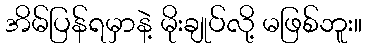
အိမ်ပြန်ရမှာနဲ့ မိုးချုပ်လို့ မဖြစ်ဘူး။